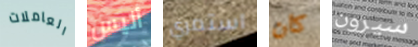
العاملات أليس استمري كان سيرون